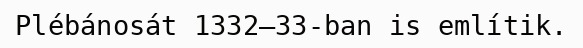
Plébánosát 1332–33-ban is említik.